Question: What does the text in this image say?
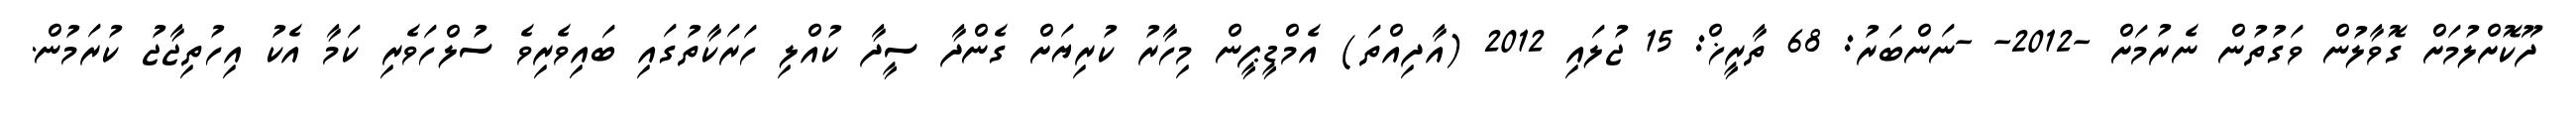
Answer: ދޫކޮށްލުމަށް ގޮވާލުން ވަގުތުން ނެރުމަށް -2012- -ނަންބަރު: 68 ތާރީޚް: 15 ޖުލައި 2012 (އާދިއްތަ) އެމްޑީޕީން މިހާރު ކުރިޔަށް ގެންދާ ސީދާ ކުއްލި ހަރަކާތުގައި ބައިވެރިވެ ސުލްހަވެރި ކަމާ އެކު އިހުތިޖާޖު ކުރަމުން.